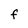
Character: F